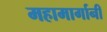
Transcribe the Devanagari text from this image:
महामार्गानी